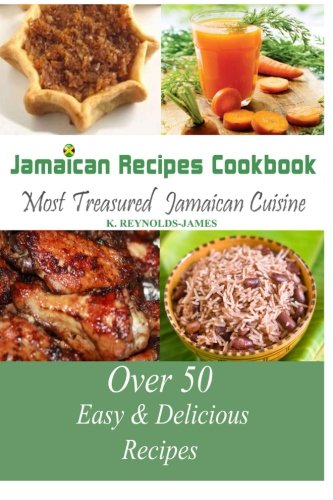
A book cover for Jamaican Recipes Cookbook: Over 50 Most Treasured Jamaican Cuisine Cooking Recipes (Caribbean Recipes); K. Reynolds-James; Cookbooks, Food & Wine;